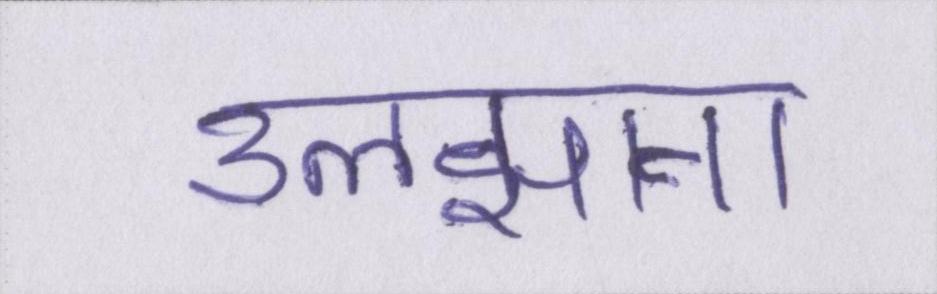
उलझाना